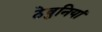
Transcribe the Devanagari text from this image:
ठेवुनियां